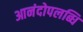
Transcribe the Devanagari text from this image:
आनंदोपलब्धि